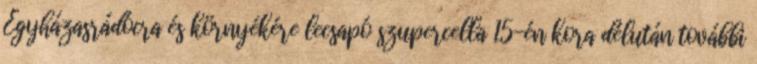
Egyházasrádócra és környékére lecsapó szupercella 15-én kora délután további